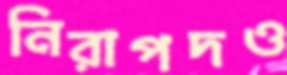
নিরাপদও